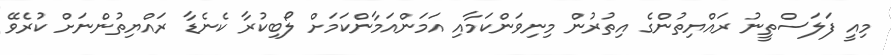
މިއީ ފަލަސްތީނު ރައްޔިތުންގެ އިތުރުން މިނިވަންކަމާއި އަމަންއަމާންކަަމަށް ލޯބިކުރާ ކެނެޑާ ރައްޔިތުންނަށް ކުރެވޭ